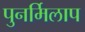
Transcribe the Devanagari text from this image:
पुनर्मिलाप